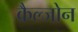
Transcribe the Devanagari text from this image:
कैल्जोन